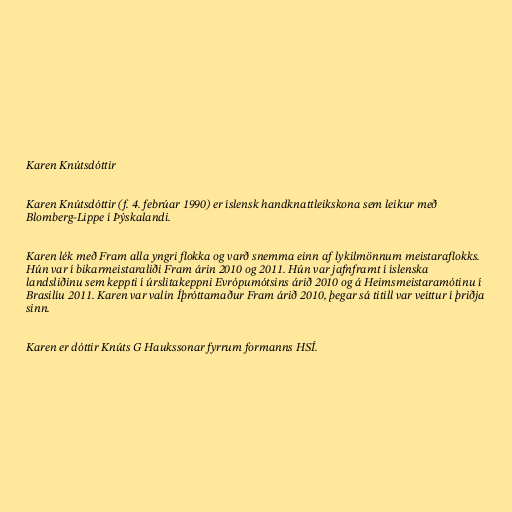
Karen Knútsdóttir

Karen Knútsdóttir (f. 4. febrúar 1990) er íslensk handknattleikskona sem leikur með
Blomberg-Lippe í Þýskalandi.

Karen lék með Fram alla yngri flokka og varð snemma einn af lykilmönnum meistaraflokks.
Hún var í bikarmeistaraliði Fram árin 2010 og 2011. Hún var jafnframt í íslenska
landsliðinu sem keppti í úrslitakeppni Evrópumótsins árið 2010 og á Heimsmeistaramótinu í
Brasilíu 2011. Karen var valin Íþróttamaður Fram árið 2010, þegar sá titill var veittur í þriðja
sinn.

Karen er dóttir Knúts G Haukssonar fyrrum formanns HSÍ.